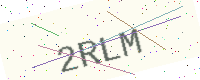
Text: 2RLM